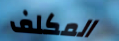
المكلف